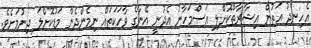
އެހިނދު އަތުން އިޝާރާތްކޮށްލި އަސްމަހާނު އެދުނީ އޭނާގެ ވާހަކަތައް ނިމެންދެން މަޑުކޮށްލަ ދިނުމަށެވެ.